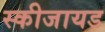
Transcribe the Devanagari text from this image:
स्कीजायड